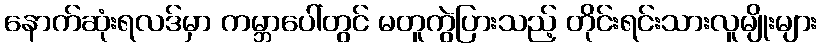
နောက်ဆုံးရလဒ်မှာ ကမ္ဘာပေါ်တွင် မတူကွဲပြားသည့် တိုင်းရင်းသားလူမျိုးများ